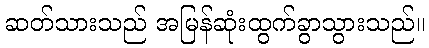
ဆတ်သားသည် အမြန်ဆုံးထွက်ခွာသွားသည်။